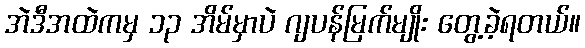
အဲဒီအထဲကမှ ၁၃ အိမ်မှာပဲ ဂျပန်မြက်မျိုး တွေ့ခဲ့ရတယ်။